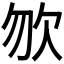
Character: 𣢊